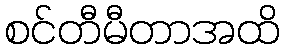
စင်တီမီတာအထိ